Report on vaccination in Madras 1922-1929 - 1922-1929
Year: 1922
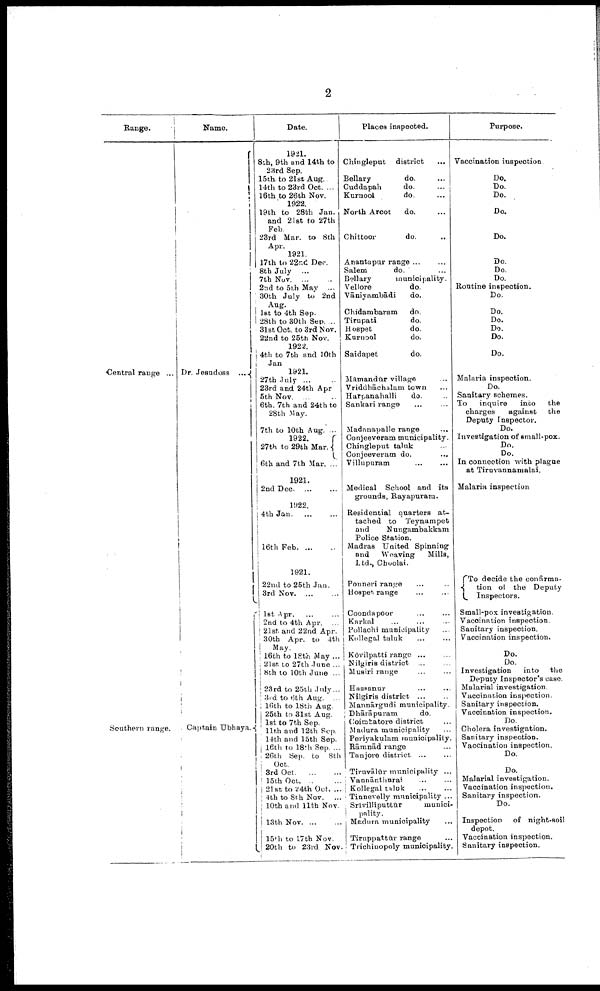
2
Range.
Central range ...
Southern range.
Name.
Dr. Jesudoss
...
Captain Ubhaya.
Date.
1921.
8th, 9th and 14th to
23rd Sep.
15th to 21st Aug..
14th to 23rd Oct. ...
16th to 26th Nov.
1922.
19th to 28th Jan.
and 21st to 27th
Feb.
23rd Mar. to 8th
Apr.
1921.
17th to 22nd Dec.
8th July ...
7th Nov
...
...
2nd to 5th May ...
30th July to 2nd
Aug.
1st to 4th Sep.
28th to 30th Sep. ...
31st Oct. to 3rd Nov.
22nd to 25th Nov.
1922.
4th to 7th and 10th
Jan
1921.
27th July
...
...
23rd and 24th Apr
5th Nov. ... ...
6th. 7th and 24th to
28th May.
7th to 10th Aug. ...
1922.
27th to 29th Mar.
6th and 7th Mar. ...
1921.
2nd Dec
...
...
1922.
4th Jan . ... ...
16th Feb
...
...
1921.
22nd to 25th Jan.
3rd Nov
...
...
1st Apr. ... ...
2nd to 4th Apr. ...
21st and 22nd Apr.
30th Apr. to 4th
May.
16th to 18th May ...
21st to 27th June ...
8th to 10th June ...
23rd to 25th July...
3rd to 6th Aug. ...
16th to 18th Aug.
25th to 31st Aug.
1st to 7th Sep.
11th and 12th Sep.
14th and 15th Sep.
16th to 18th Sep. ...
26th Sep. to 8th
Oct.
3rd Oct. ... ...
15th Oct. ... ...
21st to 24th Oct. ...
4th to 8th Nov. ...
10th and 11th Nov.
13th Nov. ... ...
15th to 17th Nov.
20th to 23rd Nov.
Places inspected.
Chingleput district ...
Bellary
do. ...
Cuddapah
do. ...
Kurnool
do. ...
North Arcot
do. ...
Chittoor
do. ...
Anantapur range ... ...
Salem
do. ...
Bellary
municipality.
Vellore
do.
Vāniyambādi
do.
Chidambaram
do.
Tirupati
do.
Hospet
do.
Kurnool
do.
Saidapet
do.
Māmandūr village...
Vriddhāchilam town ...
Harpanahalli
do. ...
Sankari range ... ...
Madanapalle range ...
Conjeeveram municipality.
Chingleput taluk ...
Conjeeveram do. ...
Villupuram ... ...
Medical School and its
grounds, Rayapuram.
Residential quarters at-
tached to Teynampet
and
Nungambakkam
Police Station.
Madras United Spinning
and
Weaving
Mills,
Ltd., Choolai.
Ponneri range ... ...
Hospet range ... ...
Coondapoor ... ...
Karkal ... ...
Pollachi municipality ...
Kollegal taluk ... ...
Kōvilpatti range ... ...
Nilgiris district ... ...
Musiri range
Hassanur ... ...
Nilgiris district
...
...
Mannārgudi municipality.
Dhārāpuram
do.
Coimbatore district ...
Madura municipality ...
Periyakulam municipality.
Rāmnād range ...
Tanjore district
...
...
Tirnvālūr municipality ...
Vannānthurai
...
...
Kollegal taluk ... ...
Tinnevelly municipality ...
Srīvilliputtūr
munici-
pality.
Madura municipality ...
Tiruppattūr range ...
Trichinopoly municipality.
Purpose.
Vaccination inspection
Do.
Do.
Do.
Do.
Do.
Do.
Do.
Do.
Rontine inspection.
Do.
Do.
Do.
Do.
Do.
Do.
Malaria inspection.
Do.
Sanitary schemes.
To
inquire
into
the
charges
against
the
Deputy Inspector.
Do.
Investigation of small-pox.
Do.
Do.
In connection with plague
at Tiruvannamalai.
Malaria inspection
To decide the confirma-
tion of the Deputy
Inspectors.
Small-pox investigation.
Vaccination inspection.
Sanitary inspection.
Vaccination inspection.
Do.
Do.
Investigation
into the
Deputy Inspector's case.
Malarial investigation.
Vaccination inspection.
Sanitary inspection.
Vaccination inspection.
Do.
Cholera investigation.
Sanitary inspection.
Vaccination inspection.
Do.
Do.
Malarial investigation.
Vaccination inspection.
Sanitary inspection.
Do.
Inspection of night-soil
depot.
Vaccination inspection.
Sanitary inspection.